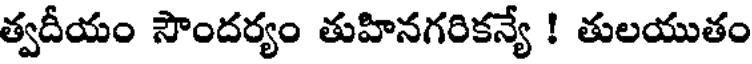
త్వదీయం సౌందర్యం తుహినగరికన్యే ! తులయుతం